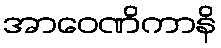
အာဝေဏိကာနိ